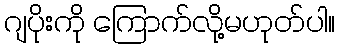
ဂျပိုးကို ကြောက်လို့မဟုတ်ပါ။